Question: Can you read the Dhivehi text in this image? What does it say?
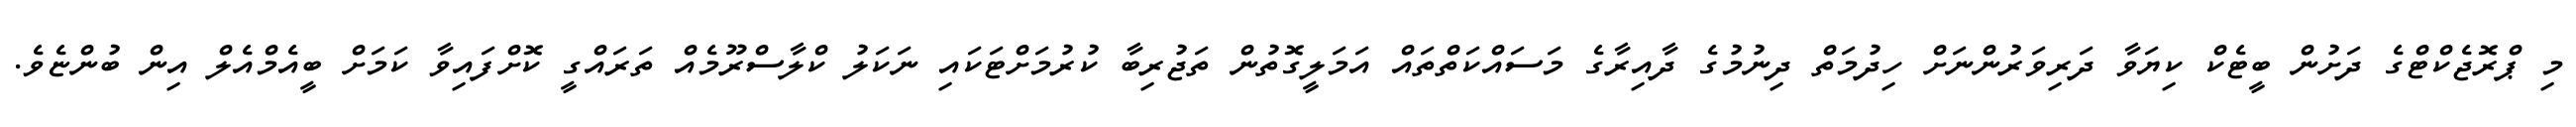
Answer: މި ޕްރޮޖެކްޓްގެ ދަށުން ބީޓެކް ކިޔަވާ ދަރިވަރުންނަށް ހިދުމަތް ދިނުމުގެ ދާއިރާގެ މަސައްކަތްތައް އަމަލީގޮތުން ތަޖުރިބާ ކުރުމަށްޓަކައި ނަކަލު ކްލާސްރޫމެއް ތަރައްގީ ކޮށްފައިވާ ކަމަށް ބީއެމްއެލް އިން ބުންޏެވެ.